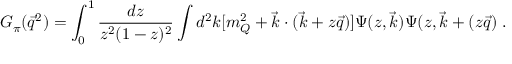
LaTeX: G _ { \pi } ( \vec { q } ^ { 2 } ) = \int _ { 0 } ^ { 1 } \frac { d z } { z ^ { 2 } ( 1 - z ) ^ { 2 } } \int d ^ { 2 } k [ m _ { Q } ^ { 2 } + \vec { k } \cdot ( \vec { k } + z \vec { q } ) ] \Psi ( z , \vec { k } ) \Psi ( z , \vec { k } + ( z \vec { q } ) \; .